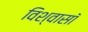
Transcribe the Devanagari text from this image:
विश्वासॉ